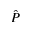
\hat { P }